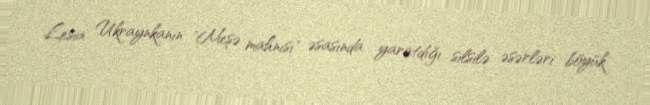
Lesia Ukraynkanın "Meşə mahnısı" əsasında yaratdığı silsilə əsərləri böyük